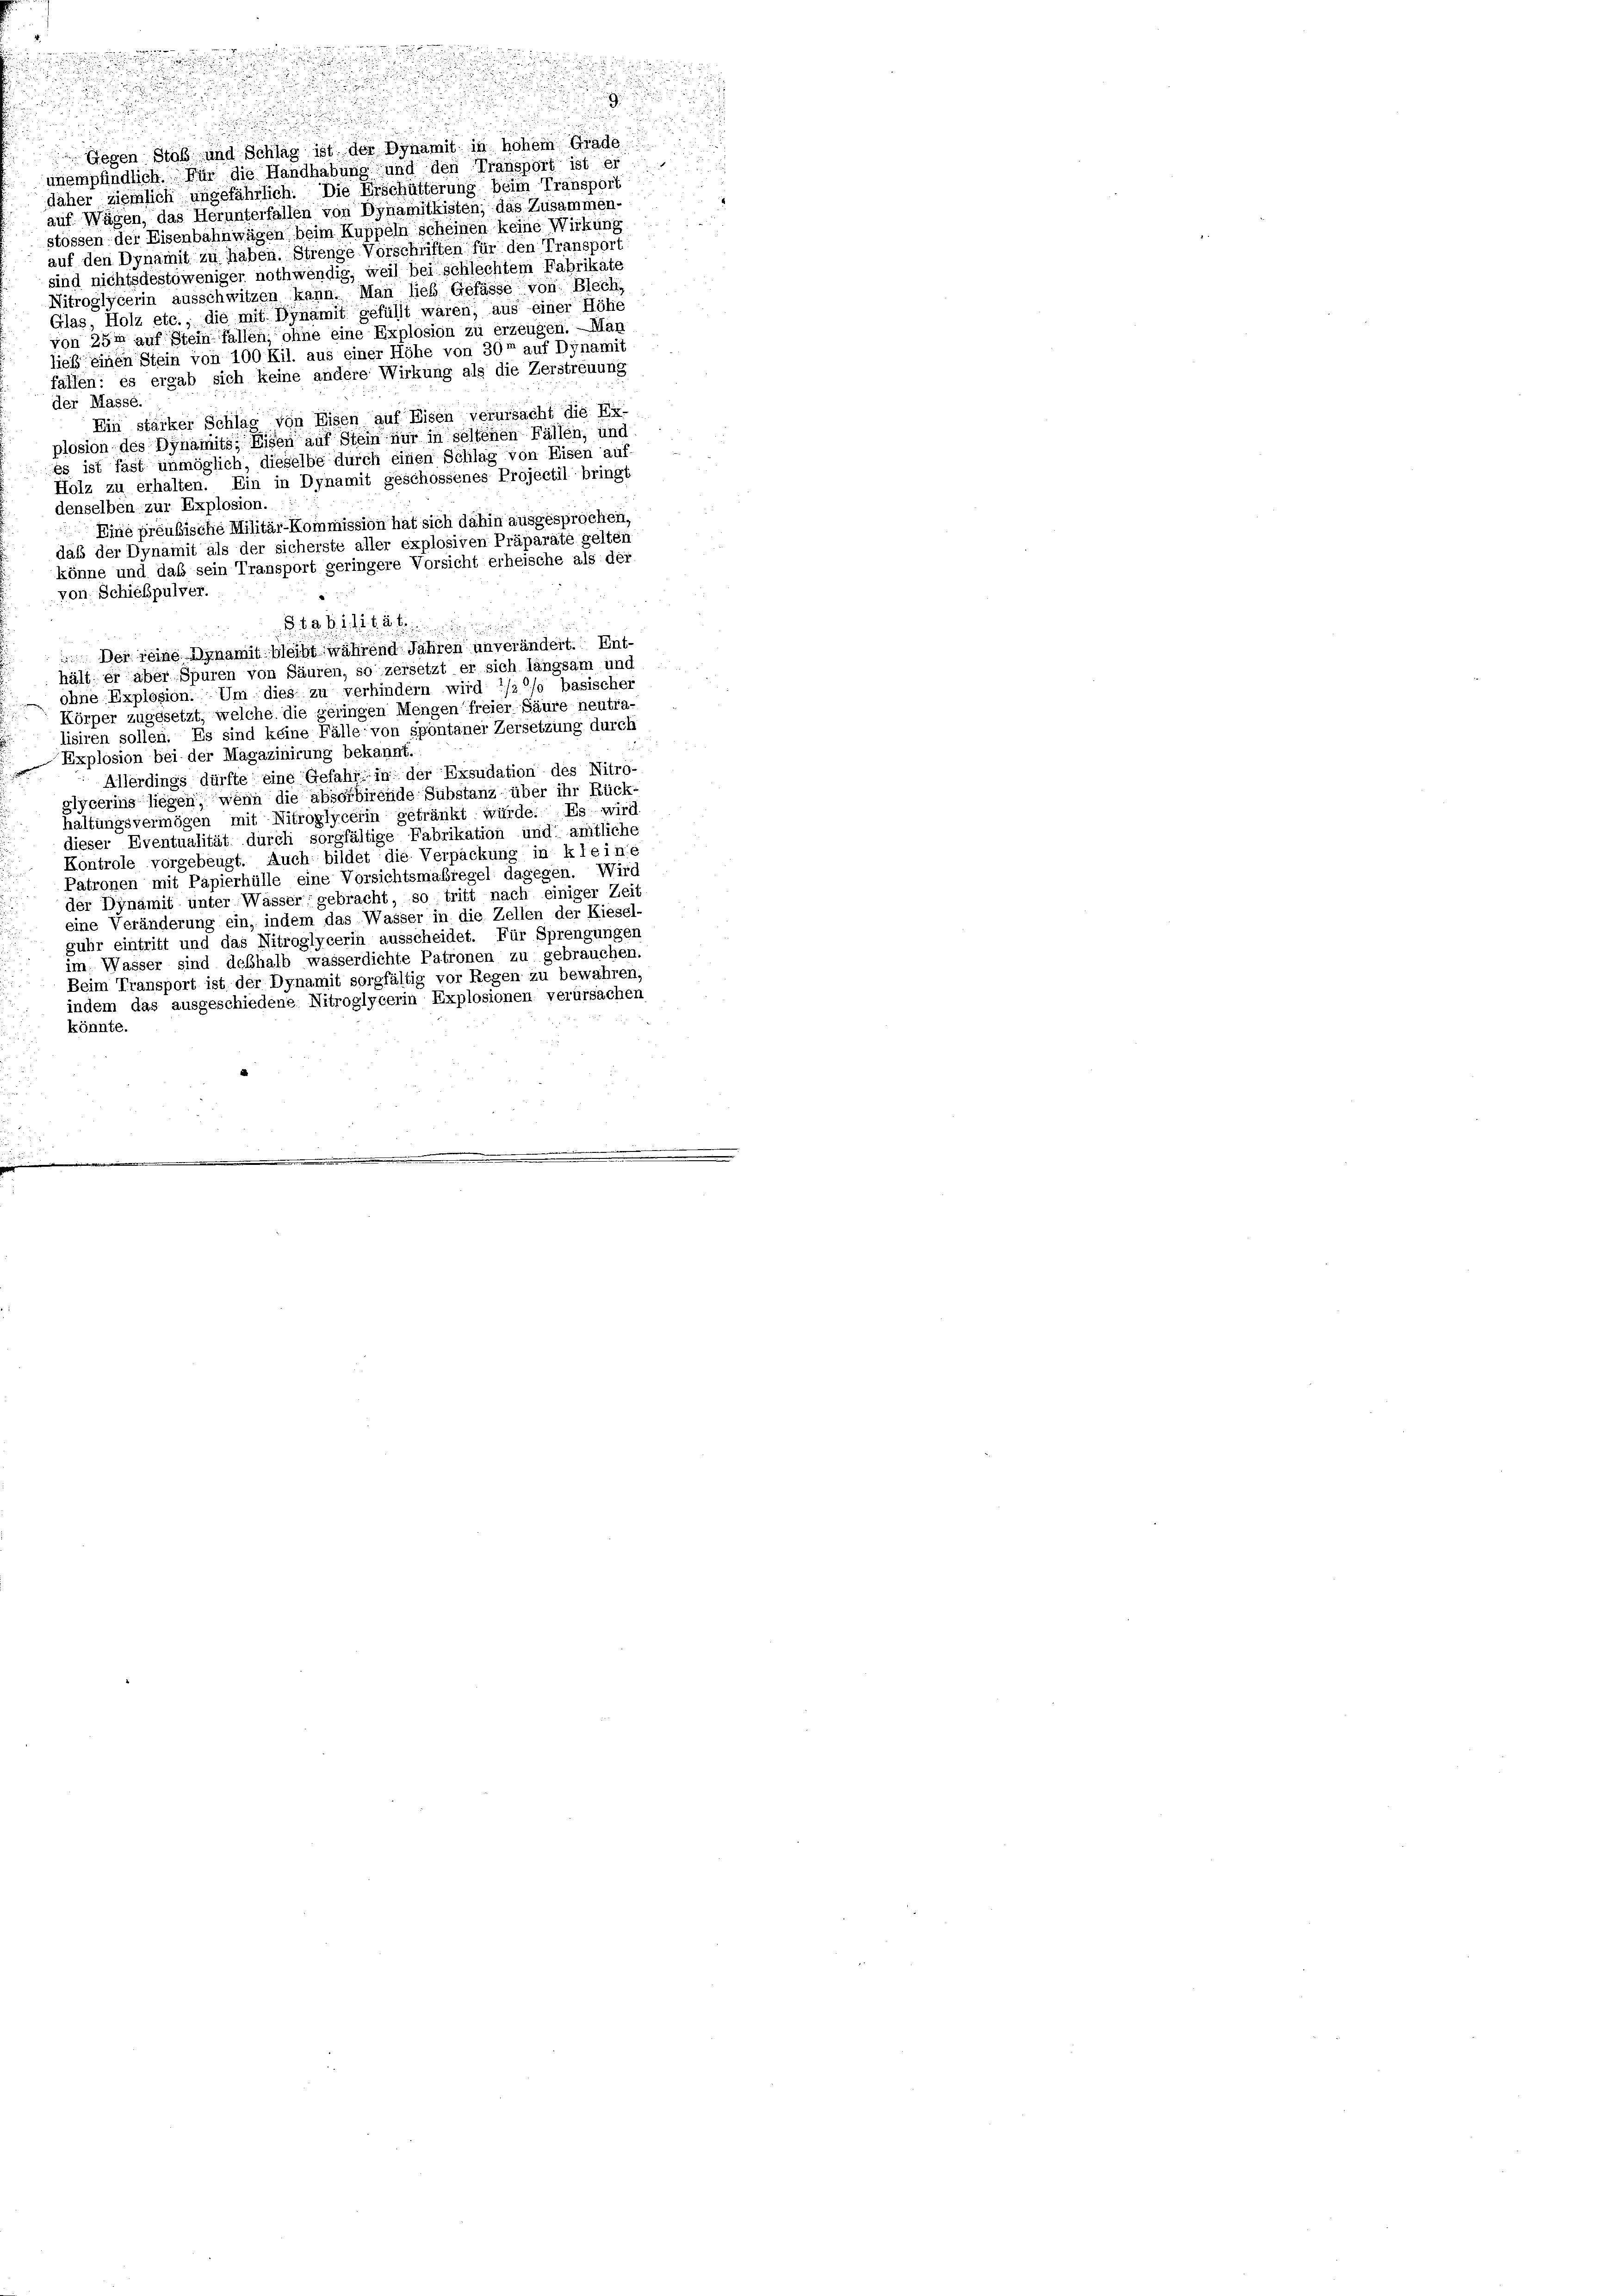
Gegen Stoß und Schlag ist der Dynamit in hohem Grade
unempfindlich. Für die Handhabung und den Transport ist er
daher ziemlich ungefährlich. Die Erschütterung beim Transport
auf Wägen, das Herunterfallen von Dynamiitkisten; das Zusammen-
stossen der Eisenbahnwägen beim Kuppeln scheinen keine Wirkung .....
auf den Dynamit zu haben. Strenge Vorschriften für den Transport
sind nichtsdestoweniger nothwendig, weil bei schlechtem Fabrikate
Nitroglycerin ausschwitzen kann. Man ließ Gefässe von Blech,
Glas, Holz etc., die mit Dynamit gefüllt wären, aus einer Höhe
von 25m auf Steinfallen, ohne eine Explosion zu erzeugen. — Mar
ließ einen Stein von 100 Kil. aus einer Höhe von 30 auf Dynamit
fallen: es ergab sich keine andere Wirkung als die Zerstreuung
der Masse.
Ein stärker Schlag von Eisen auf Eisen verursacht die Ex-
plosion des Dynamits, Eisen auf Stein nur in seltenen Fällen, und
es ist fast unmöglich, dieselbe durch einen Schlag von Eisen auf-
Holz zu erhalten. Ein in Dynamit geschossenes Projectil bringt
denselben zur Explosion.
Eine préubische Militär-Kommission hat sich dahin ausgesprochen,
daß der Dynamit als der sicherste aller explosiven Präparate gelten
könne und daß sein Transport geringere Vorsicht erheische als der
von Schickpulver.
B 499. 11886
 Der reine Inamit bleibt während Jahren unverändert. Ent-
hält er aber Spuren von Säuren, so zersetzt er sich langsam und
ohne Explosion. Um dies zu verhindern wird */2 so basischer
Körper zugesetzt, welche die geringen Mengen freier Säure neutra-
lisiren sollen. Es sind keine Fälle: von spontaner Zersetzung durch
Explosion bei der Magazinirung bekannt.
Allerdings dürfte eine Gefahr in der Exsudation des Nitro-
glycerins liegen, wenn die absorbirende Substanz über ihr Rück-
haltungsvermögen mit Nitroglycerin getränkt würde. Es wird
dieser Eventualität durch sorgfältige Fabrikation und amtliche
Kontrole vorgebeugt. Auch bildet die Verpackung in kleine
Patronen mit Papierhülle eine Vorsichtsmaßregel dagegen. Wird
der Dynamit unter Wässer gebracht, so tritt nach einiger Zeit
eine Veränderung ein, indem das Wasser in die Zellen der Kiesel-
guhr eintritt und das Nitroglycerin ausscheidet. Für Sprengungen
im Wasser sind deßhalb wasserdichte Patronen zu gebrauchen.
Beim Transport ist der Dynamit sorgfältig vor Regen zu bewahren,
indem das ausgeschiedene Nitroglycerin Explosionen verursacher
könnte.